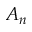
A _ { n }